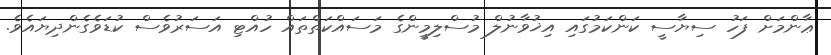
ޢާންމަށް ފަހު ސިޔާސީ ކަންކަމުގައި އިޚުވާނުލް މުސްލިމީންގެ މަސައްކަތްތައް ހުއްޓި އަސަރުވެސް ކުޑަވެގެންދިޔައެވެ.